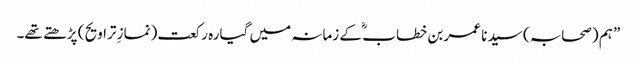
” ہم (صحابہ) سید نا عمر بن خطاب ؓ کے زمانہ میں گیارہ رکعت (نمازِ تراویح ) پڑھتے تھے۔